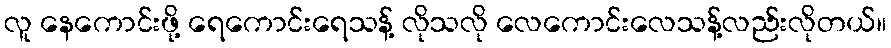
လူ နေကောင်းဖို့ ရေကောင်းရေသန့် လိုသလို လေကောင်းလေသန့်လည်းလိုတယ်။